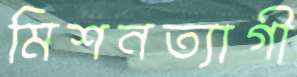
মিশনত্যাগী